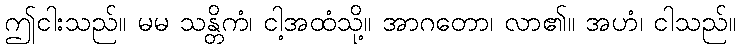
ဤငါးသည်။ မမ သန္တိကံ၊ ငါ့အထံသို့။ အာဂတော၊ လာ၏။ အဟံ၊ ငါသည်။